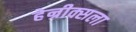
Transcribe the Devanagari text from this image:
हेन्रीक्सला